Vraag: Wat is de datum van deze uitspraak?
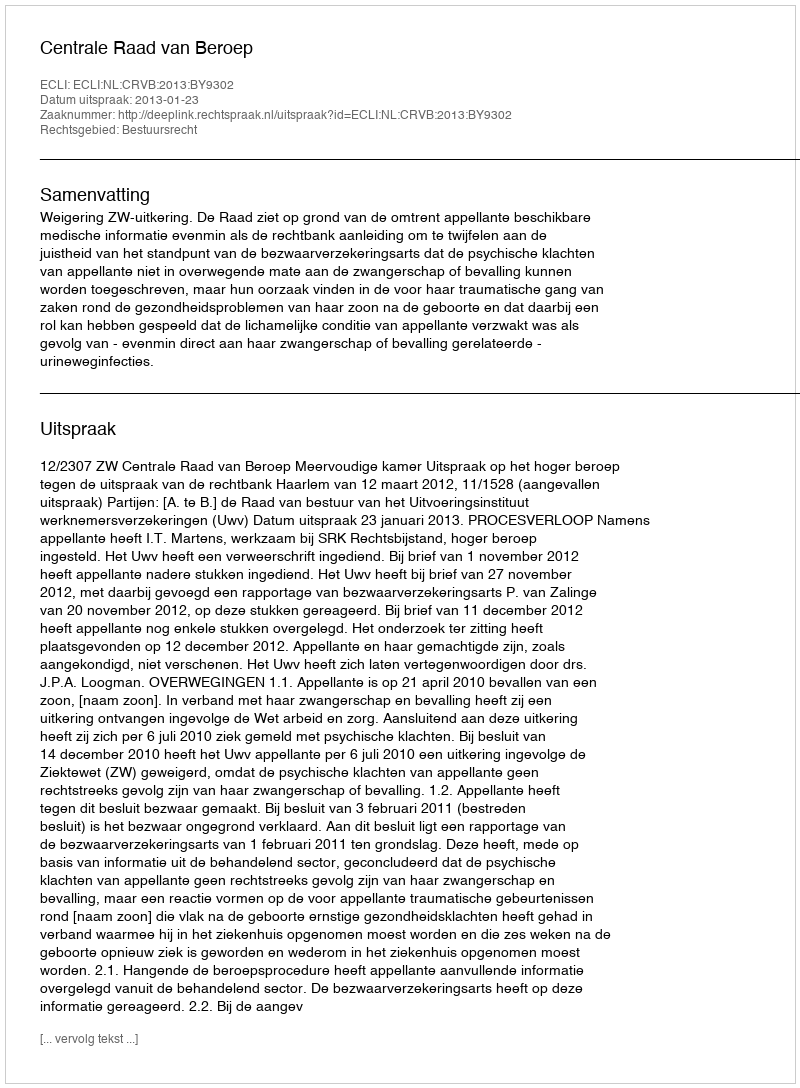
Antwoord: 2013-01-23